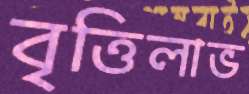
বৃত্তিলাভ